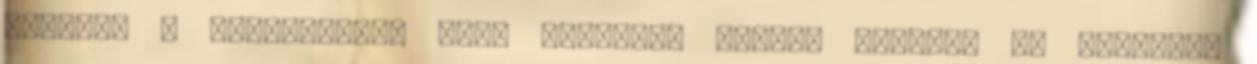
elemzőt a teljességre való törekvés igénye nélkül, ők jutottak